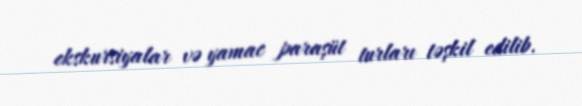
ekskursiyalar və yamac paraşüt turları təşkil edilib.